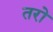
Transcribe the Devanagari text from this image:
तरो